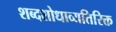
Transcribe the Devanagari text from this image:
शब्दशोधाव्यतिरिक्त